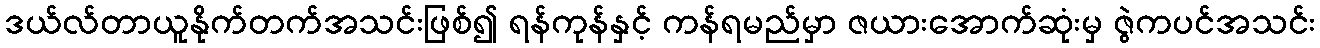
ဒယ်လ်တာယူနိုက်တက်အသင်းဖြစ်၍ ရန်ကုန်နှင့် ကန်ရမည်မှာ ဇယားအောက်ဆုံးမှ ဇွဲကပင်အသင်း